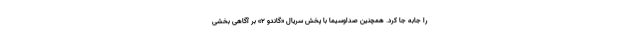
را جابه جا کرد. همچنین صداوسیما با پخش سریال «گاندو ۲» بر آگاهی بخشی